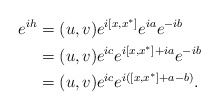
\begin{align*}e^{ih} &=(u,v)e^{i[x,x^*]}e^{ia}e^{-ib}\\&=(u,v)e^{ic}e^{i[x,x^*]+ia}e^{-ib}\\&=(u,v)e^{ic}e^{i([x,x^*]+a-b)}.\end{align*}